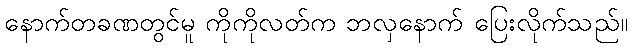
နောက်တခဏတွင်မူ ကိုကိုလတ်က ဘလှနောက် ပြေးလိုက်သည်။